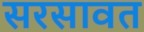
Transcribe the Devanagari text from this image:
सरसावत